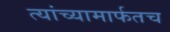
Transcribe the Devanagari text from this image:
त्यांच्यामार्फतच